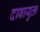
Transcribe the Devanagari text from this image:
दाबायुक्त